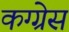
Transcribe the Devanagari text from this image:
कग्ग्रेस